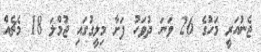
ޖެނުއަރީ މަހުގެ 26 ވަނަ ދުވަހު ފަށާ މިލީގުގައި ޖުމްލަ 18 މެޗެއް